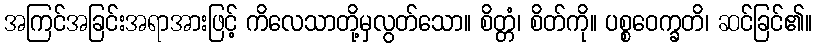
အကြင်အခြင်းအရာအားဖြင့် ကိလေသာတို့မှလွတ်သော။ စိတ္တံ၊ စိတ်ကို။ ပစ္စဝေက္ခတိ၊ ဆင်ခြင်၏။